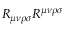
R _ { \mu \nu \rho \sigma } R ^ { \mu \nu \rho \sigma }